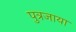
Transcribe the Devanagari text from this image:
पुत्रजाया